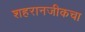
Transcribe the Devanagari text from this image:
शहरानजीकचा